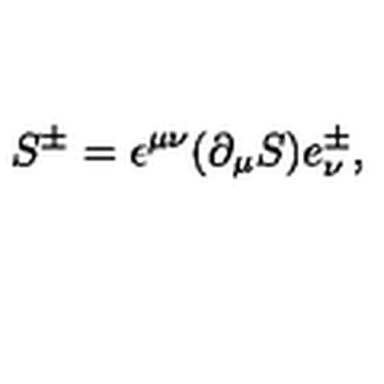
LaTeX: S ^ { \pm } = \epsilon ^ { \mu \nu } ( \partial _ { \mu } S ) e _ { \nu } ^ { \pm } ,